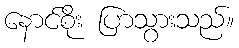
နောင်စိုး ပြာသွားသည်။